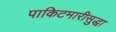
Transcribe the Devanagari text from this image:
पाकिटमारीसुद्धा